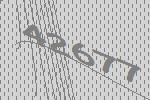
42677